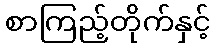
စာကြည့်တိုက်နှင့်